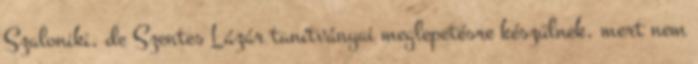
Szaloniki, de Szentes Lázár tanítványai meglepetésre készülnek, mert nem